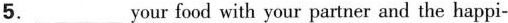
5.___your food with your partner and the happi-